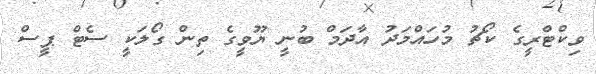
ވިކްޓްރީގެ ކޯޗު މުހައްމަދު އާދަމް ބުނީ ޔޫވީގެ ތިން ގޯލަކީ ސެޓް ޕީސް